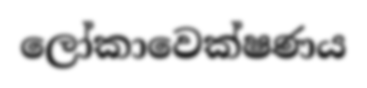
ලෝකාවෙක්ෂණය